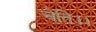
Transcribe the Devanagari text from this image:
चेति।।